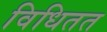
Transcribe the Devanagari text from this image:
विधितत